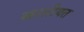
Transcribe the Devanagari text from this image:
खाशीयत